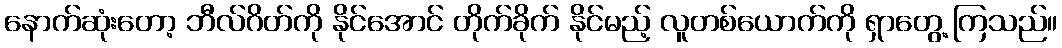
နောက်ဆုံးတော့ ဘီလ်ဂိတ်ကို နိုင်အောင် တိုက်ခိုက် နိုင်မည့် လူတစ်ယောက်ကို ရှာတွေ့ ကြသည်။